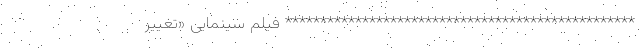
************************************************** فیلم سینمایی «تغییر